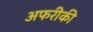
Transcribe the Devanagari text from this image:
अफरीकी